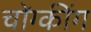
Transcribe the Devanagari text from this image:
चोंग्कींग